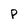
Character: P